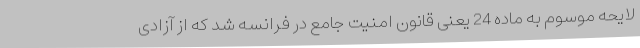
لایحه موسوم به ماده 24 یعنی قانون امنیت جامع در فرانسه شد که از آزادی